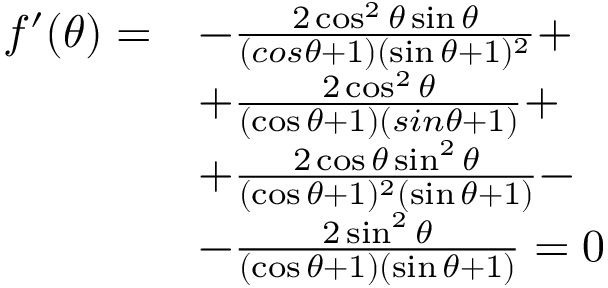
\begin{array} { r l } { f ^ { \prime } ( \theta ) = } & { - \frac { 2 \cos ^ { 2 } \theta \sin \theta } { ( c o s \theta + 1 ) ( \sin \theta + 1 ) ^ { 2 } } + } \\ & { + \frac { 2 \cos ^ { 2 } \theta } { ( \cos \theta + 1 ) ( s i n \theta + 1 ) } + } \\ & { + \frac { 2 \cos \theta \sin ^ { 2 } \theta } { ( \cos \theta + 1 ) ^ { 2 } ( \sin \theta + 1 ) } - } \\ & { - \frac { 2 \sin ^ { 2 } \theta } { ( \cos \theta + 1 ) ( \sin \theta + 1 ) } = 0 } \end{array}